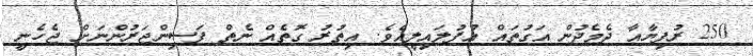
250 ރުފިޔާއާ ދެމެދުން އަގުތައް އުފުލައިލީއެވެ. އިތުރު ގޮތެއް ނެތް ފަސިންޖަރުންނަށް ޖެހެނީ